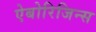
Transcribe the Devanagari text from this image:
ऐबोरिजिन्स